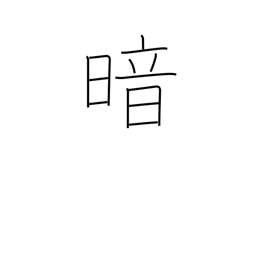
Meaning: be blinded